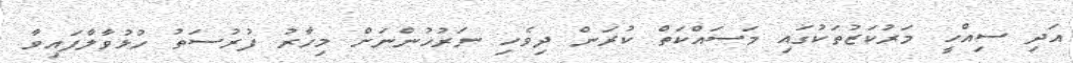
އަދި ސިއްހީ މަރުކަޒުތަކުގައި މަސައްކަތް ކުރަން ދިވެހި ނަރުހުންނަށް މިހާރު ފުރުސަތު ހުޅުވާލާފައިވާ